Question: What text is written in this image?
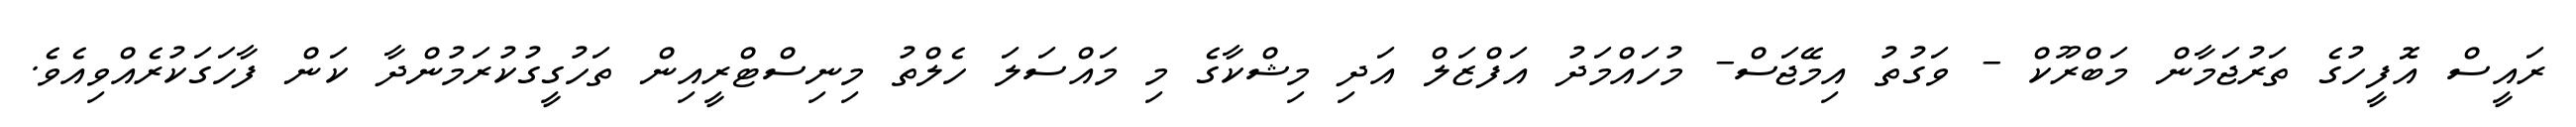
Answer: ރައީސް އޮފީހުގެ ތަރުޖަމާން މަބްރޫކް - ވަގުތު އިމޭޖަސް- މުހައްމަދު އަފްޒަލް އަދި މިޝްކާގެ މި މައްސަލަ ހެލްތު މިނިސްޓްރީއިން ތަހުގީގުކުރަމުންދާ ކަން ފާހަގަކުރެއްވިއެވެ.